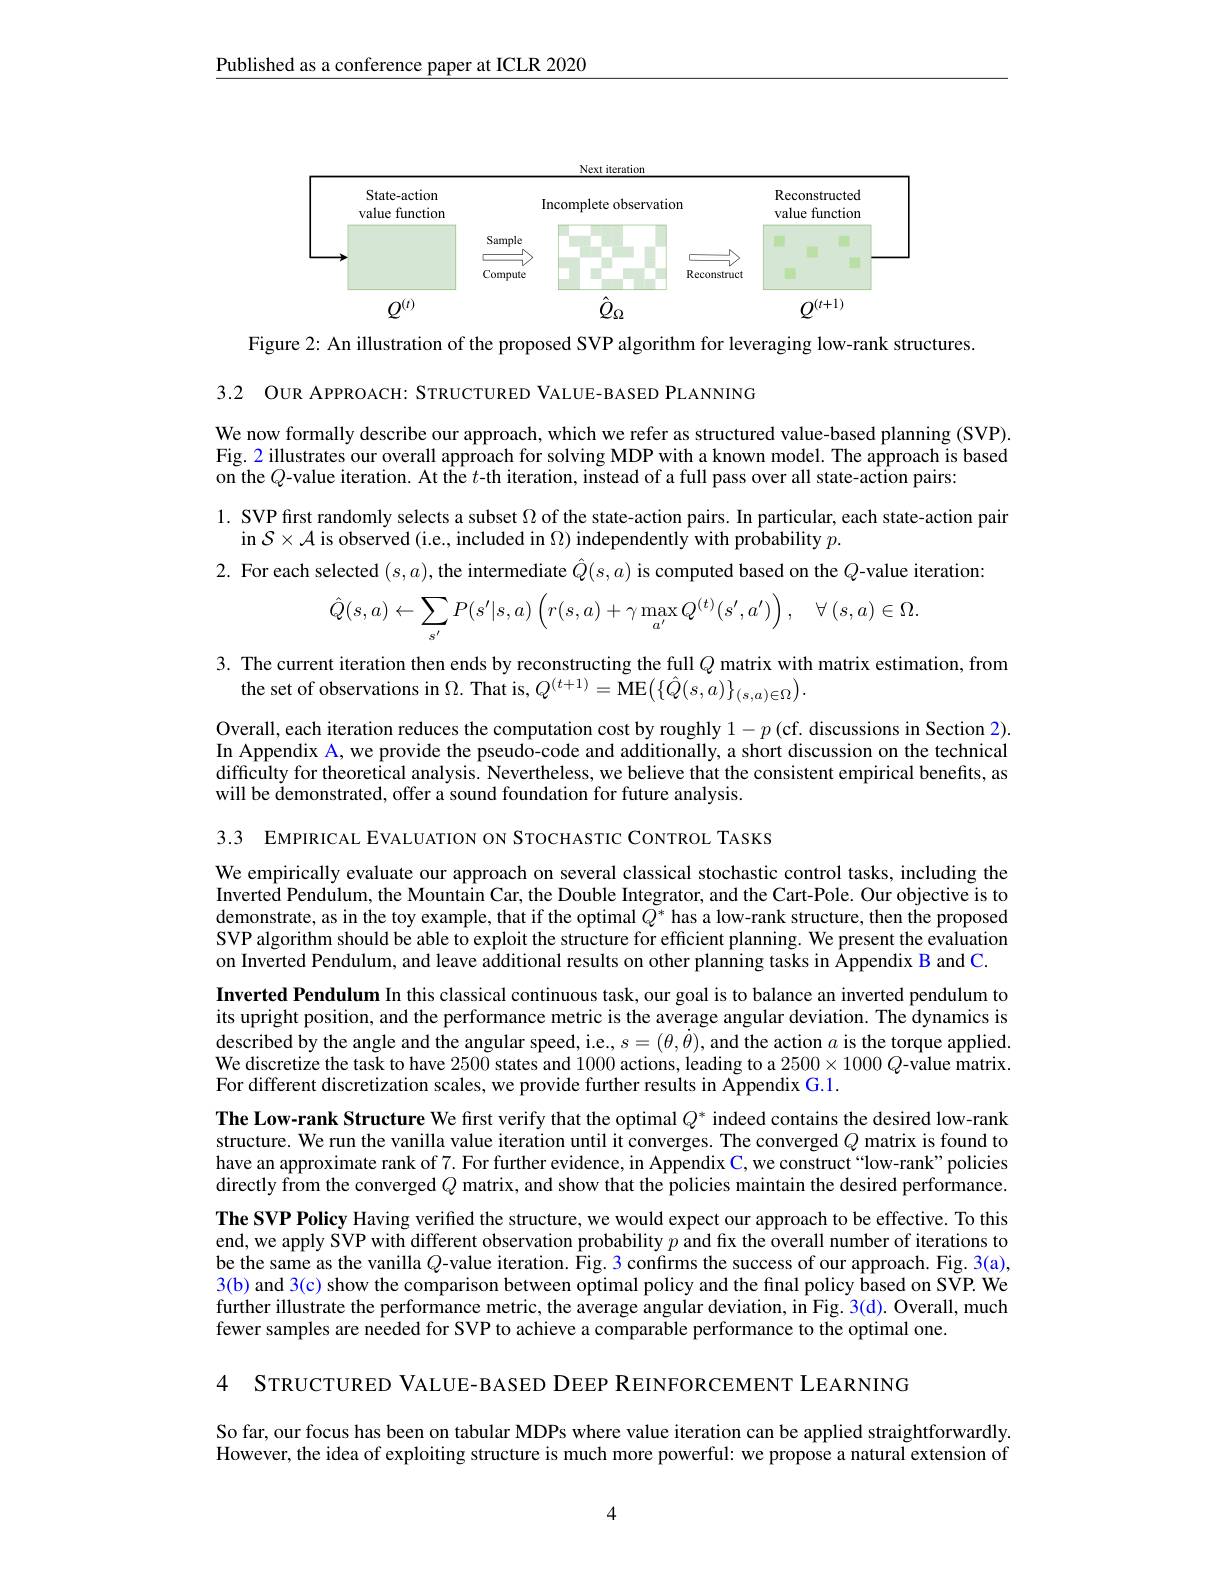
$\underline{\text{Published as a conference paper at ICLR 2020}}$

<FigureHere>

Figure 2: An illustration of the proposed SVP algorithm for leveraging low-rank structures.

3.2 OUR APPROACH: STRUCTURED VALUE-BASED PLANNING

We now formally describe our approach, which we refer as structured value-based planning (SVP). Fig. 2 illustrates our overall approach for solving MDP with a known model. The approach is based on the $Q$-value iteration. At the $t$-th iteration, instead of a full pass over all state-action pairs:

1. SVP first randomly selects a subset $\Omega$ of the state-action pairs. In particular, each state-action pair
in $\mathcal{S}\times\mathcal{A}$ is observed (i.e., included in $\Omega)$ independently with probability $p.$
2. For each selected $(s,a)$,the intermediate $\hat Q(s,a)$ is computed based on the $Q$-value iteration:
$$\hat{Q}(s,a)\leftarrow\sum_{s'}P(s'|s,a)\left(r(s,a)+\gamma\max_{a'}Q^{(t)}(s',a')\right),\quad\forall\:(s,a)\in\Omega.$$
3. The current iteration then ends by reconstructing the full $Q$ matrix with matrix estimation, from
the set of observations in $\Omega.$ That is, $Q^(t+1)=$ME$\big(\{\hat{Q}(s,a)\big\}_{(s,a)\in\Omega}\big).$

Overall, each iteration reduces the computation cost by roughly $1-p\left(\text{cf. discussions in Section 2}\right).$ In Appendix A, we provide the pseudo-code and additionally, a short discussion on the technical difficulty for theoretical analysis. Nevertheless, we believe that the consistent empirical benefits, as will be demonstrated, offer a sound foundation for future analysis.

3.3 EMPIRICAL EVALUATION ON STOCHASTIC CONTROL TASKS

We empirically evaluate our approach on several classical stochastic control tasks, including the Inverted Pendulum, the Mountain Car, the Double Integrator, and the Cart-Pole. Our objective is to demonstrate, as in the toy example, that if the optimal $\tilde{Q}^*$ has a low-rank structure, then the proposed SVP algorithm should be able to exploit the structure for efficient planning. We present the evaluation on Inverted Pendulum, and leave additional results on other planning tasks in Appendix B and C.
Inverted Pendulum In this classical continuous task, our goal is to balance an inverted pendulum to its upright position, and the performance metric is the average angular deviation. The dynamics is described by the angle and the angular speed, i.e., $s=(\theta,\dot{\theta})$, and the action $a$ is the torque applied. We discretize the task to have 2500 states and 1000 actions, leading to a $2500\times1000Q$-value matrix For different discretization scales, we provide further results in Appendix G.1.
The Low-rank Structure We first verify that the optimal $Q^*$ indeed contains the desired low-rank structure. We run the vanilla value iteration until it converges. The converged $Q$ matrix is found to have an approximate rank of 7. For further evidence, in Appendix C, we construct“low-rank” policies directly from the converged $Q$ matrix, and show that the policies maintain the desired performance The SVP Policy Having verified the structure, we would expect our approach to be effective. To this end, we apply SVP with different observation probability $p$ and fix the overall number of iterations to be the same as the vanilla $Q$-value iteration. Fig. 3 confirms the success of our approach. Fig. 3(a), 3(b) and 3(c) show the comparison between optimal policy and the final policy based on SVP. We further illustrate the performance metric, the average angular deviation, in Fig. 3(d). Overall, much fewer samples are needed for SVP to achieve a comparable performance to the optimal one.

4 STRUCTURED VALUE-BASED DEEP REINFORCEMENT LEARNING

So far, our focus has been on tabular MDPs where value iteration can be applied straightforwardly. However, the idea of exploiting structure is much more powerful: we propose a natural extension of

4